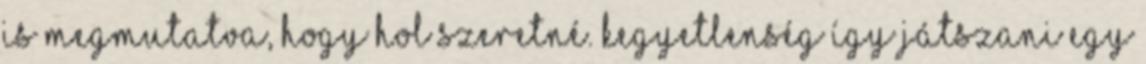
is megmutatva, hogy hol szeretné. Kegyetlenség így játszani egy